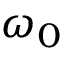
\omega _ { 0 }